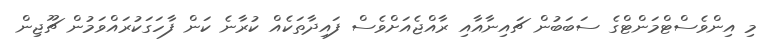
މި އިންވެސްޓްމަންޓްގެ ސަބަބުން ޗައިނާއާއި ރާއްޖެއަށްވެސް ފައިދާތަކެއް ކުރާނެ ކަން ފާހަގަކުރައްވަމުން ޗޫޖިން